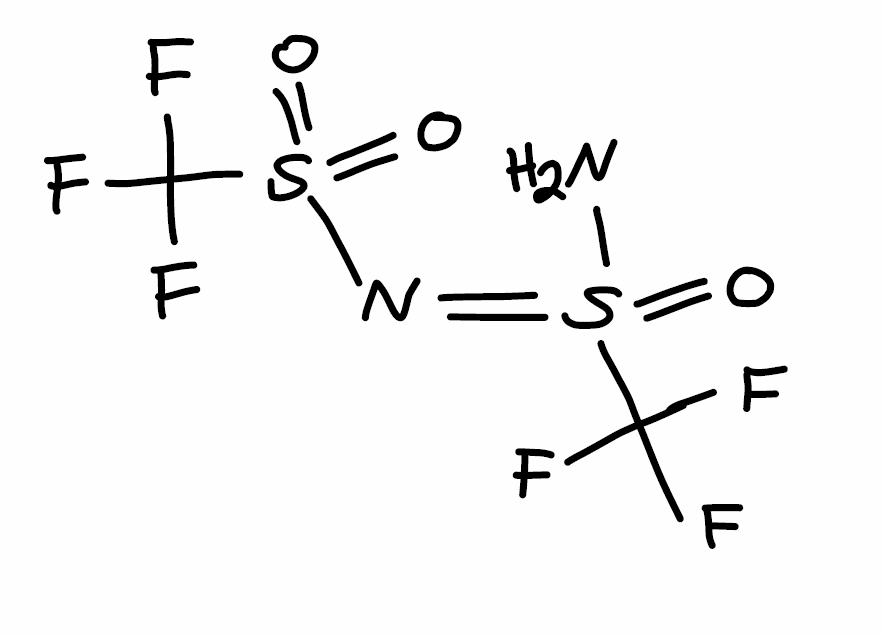
Simplified molecular-input line-entry system (SMILES) notation of the given molecule:
C(F)(F)(F)S(=NS(=O)(=O)C(F)(F)F)(=O)N